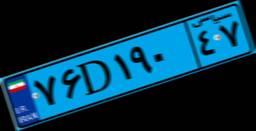
۷۶D۱۹۰۴۷